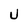
Character: U